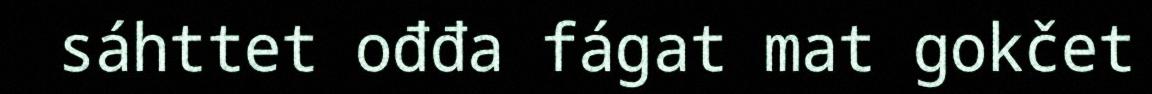
sáhttet ođđa fágat mat gokčet